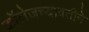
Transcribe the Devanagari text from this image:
कॉलेजच्यावतीने